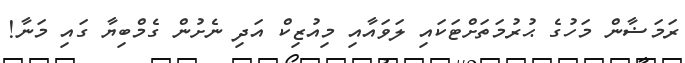
ރަމަޟާން މަހުގެ ޙުރުމަތަށްޓަކައި ލަވައާއި މިއުޒިކް އަދި ނެށުން ގެމްބިޔާ ގައި މަނާ!